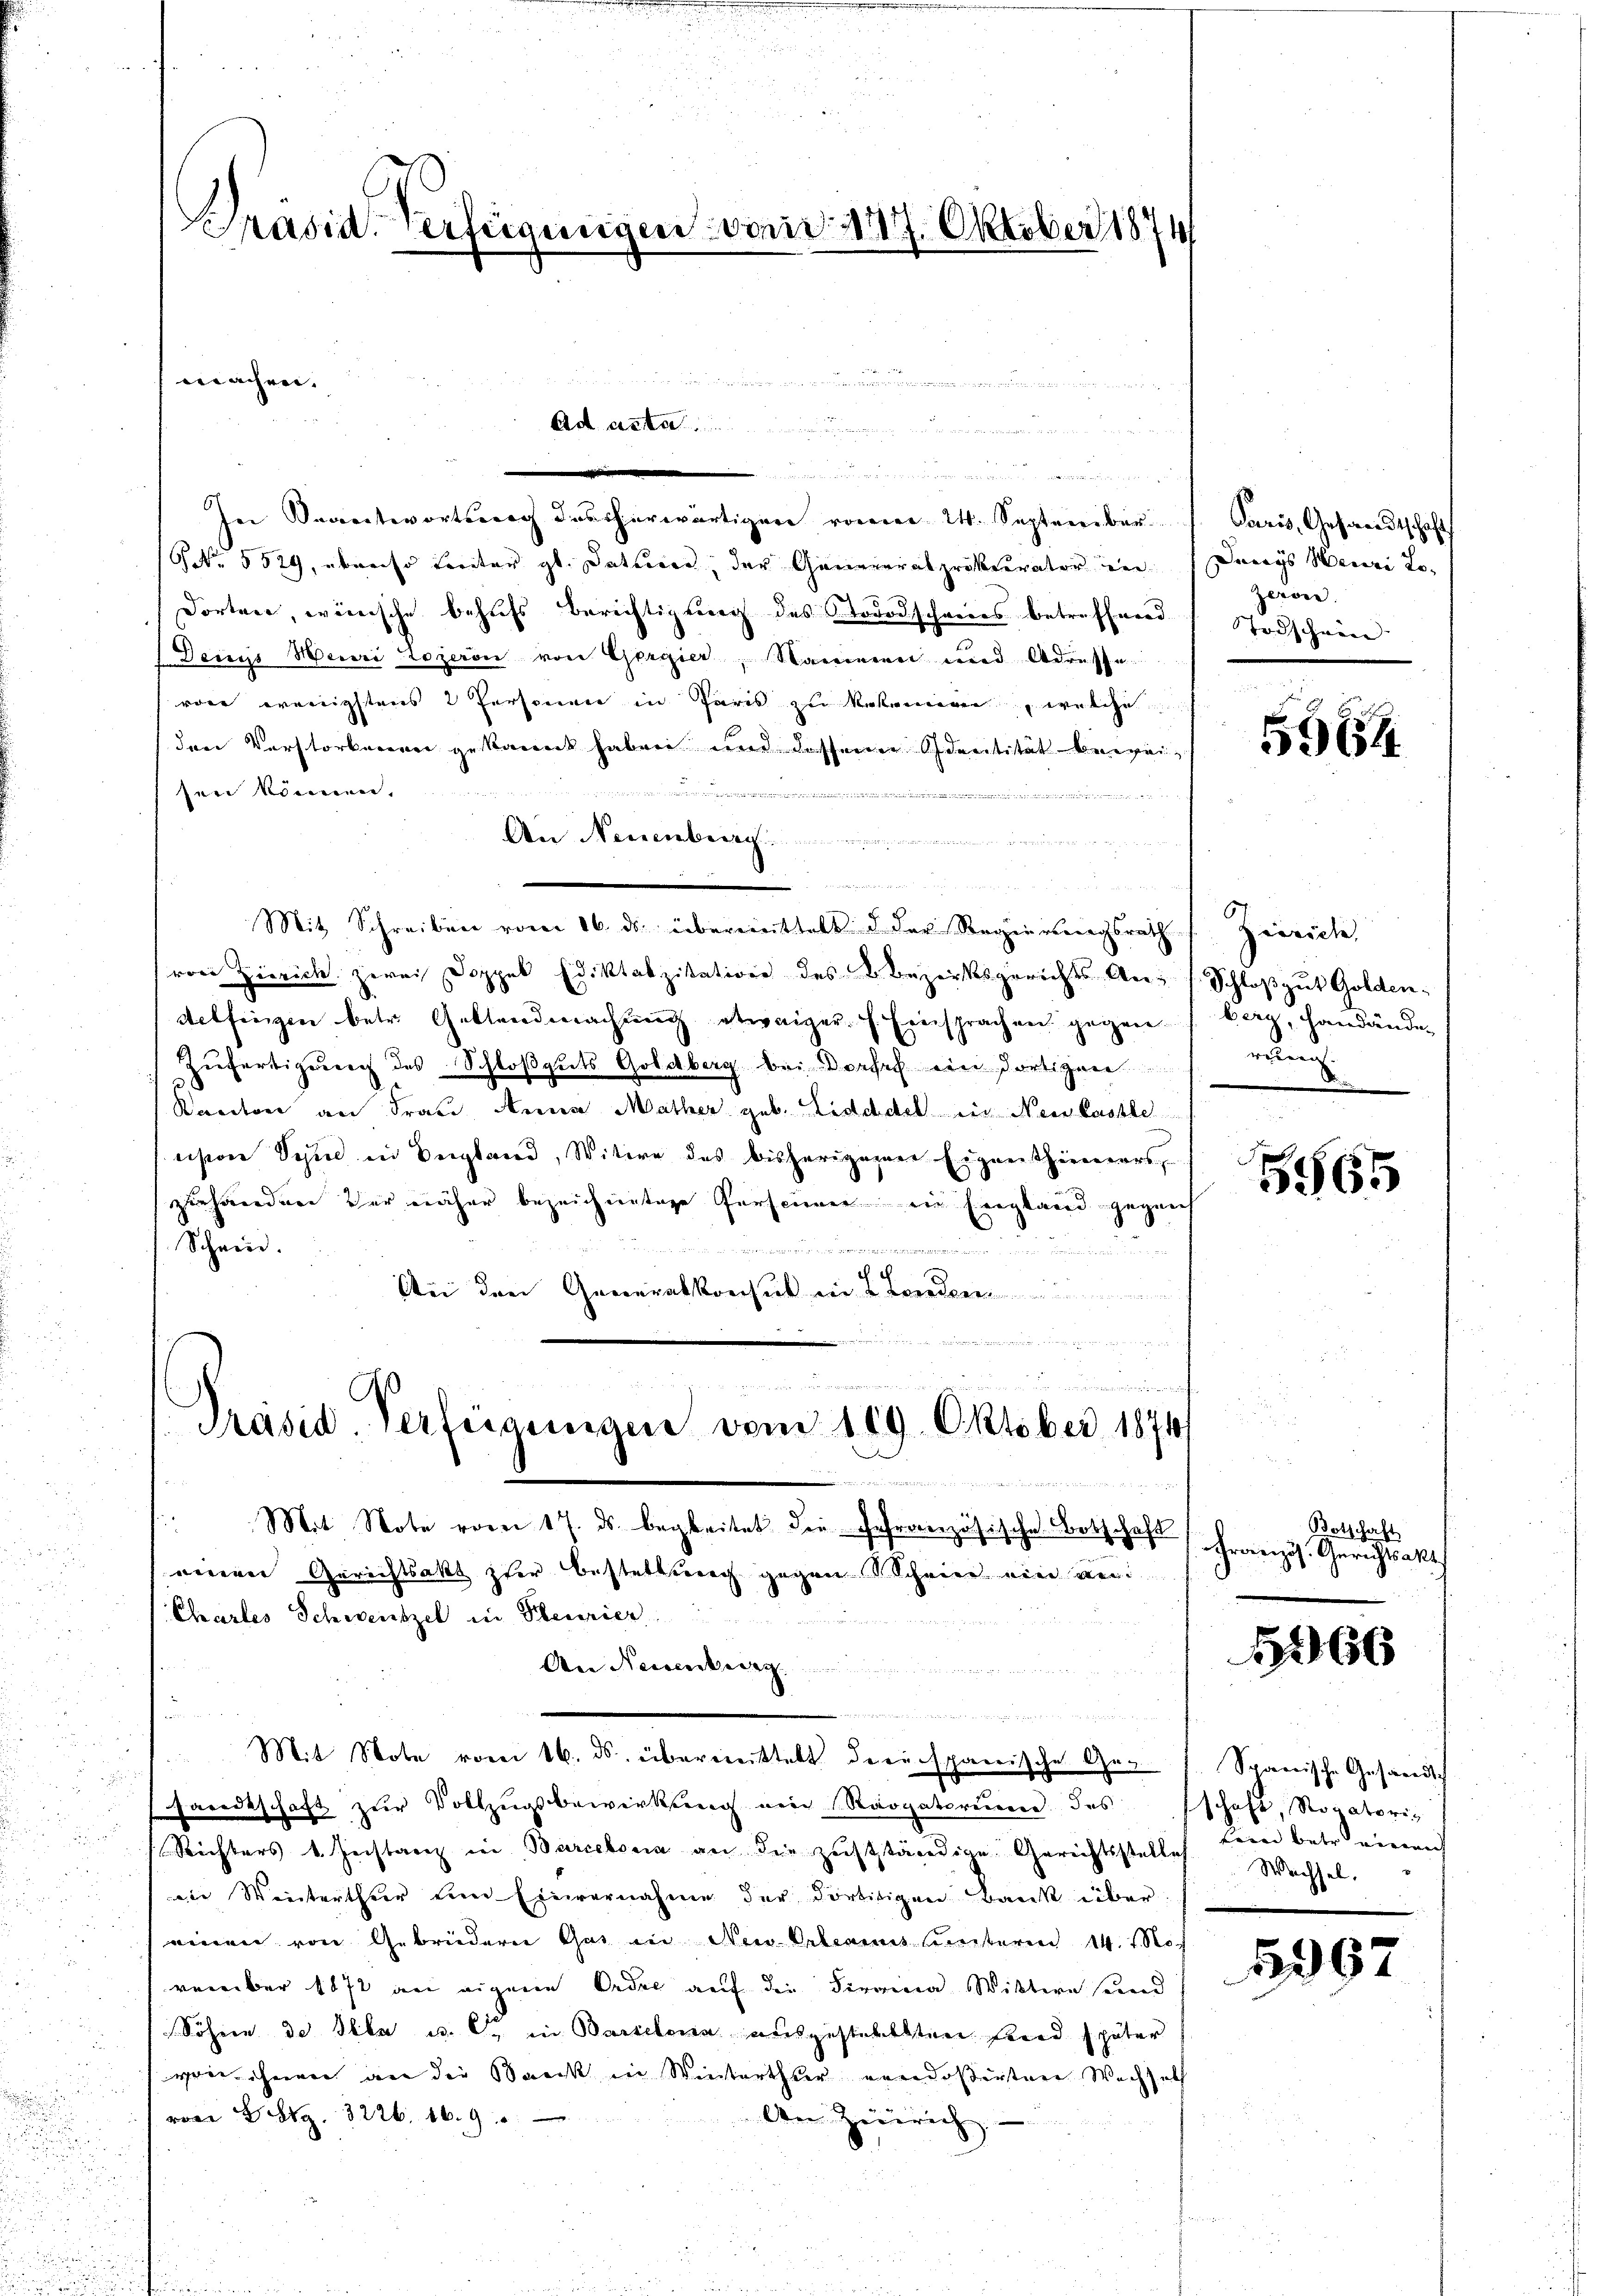
Präsid. Verfügungen von 177. Oktober 1874

iächrei.

i
.
In Saantwortung der herwärtiger von W. September
GNNo. 5529, ebenso Freiter gl. dature der Generalprokurator ver
dorten, wenische behufs Berichtigung des Nododschreies betreffend
Denyjs Meuri Lozeron von Gorgier, Nammen und Adresse
wie wenigstens 2 Personen in Paris zu bekennen, welche
den Verstorbenen gekannt haben und dessene Identität beweisen können.
.

An Neuenburg
a
Mit Schreiben vom 16. ds. übermittelt d. der Regierungsrath
(von Zierich zwei Doppel Ediktalzitation des & Bezirksgerichts An¬
Aelfingen betr. Gestandmachung etwaiger. f. Einsprachen gegen
Zufertigung des Schloßguts Goldberg bei Dorfes ein dortigen
Baectore an Frau Anna Mather geb. Lidddel in Neinlasse
cision Spiel in Bergland, Witwe des bisherigenen Eigenthinners,
zuhanden der näher bezeichnetige Personnen in England gezeich
Schein.
e
2
d in
ch
Bei den Generalkonsul in 2 Landen

Präsid. Verfügungen vom 109. Oktober 1874
 Mit Note vom 17. ds. begleitet die gefranzösische Botschaft
iieren Gerichtsakt zur Bestattung gegen Schnee ein weni
Chartes Schweiszel in Pleurier
An

u
Mit Note vom 16. ds. übermittelt derenspanische Gesandtschaft zur Vollzugsbewirksrang von Rogatorium des
Richters v. Geistanz in Barcebona an die zuständige Gerichtsstelle
iin Winterthur dem Einvernahme der dortisigen Bank über
einen von Gebrüdern Gas in Nei Erlenius unteren 14. f. November 1872 an eigene Oedel auf die Firma Wittern send
Söhnen de Illa u. 6. in Barcelena ausgestellten sind später
von ihnen an die Back in Winterthur vendosirten Wechsetz
vom 29. 3226. 169.
An Heinrich. – |

Paris, Gesandtschaft
Dawaÿs Meuri Lo¬
Zerone.
Todschein

5964

Zürich,
Schloß gut Golden.
berg, Handände,
rung.
m

565

Botschaft
Französ. Gerichtsakt

1266

Spanische Gesandtsch
schaft, Rogatoris
trin betr. einen
Wachsel.

5397